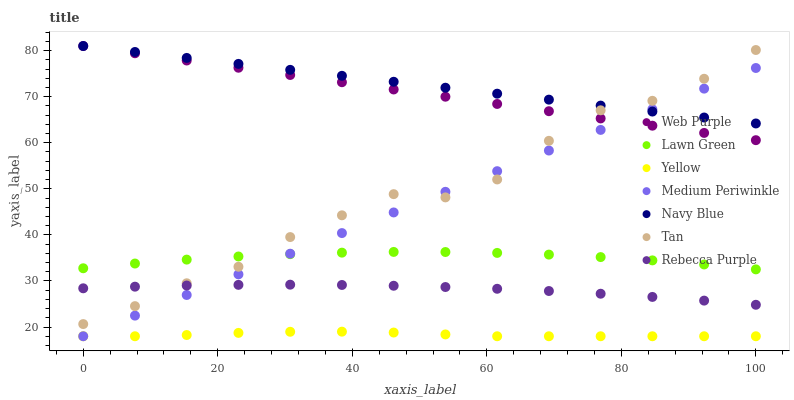
| xaxis_label | Web Purple | Lawn Green | Yellow | Medium Periwinkle | Navy Blue | Tan | Rebecca Purple |
 | --- | --- | --- | --- | --- | --- | --- | --- |
 | 0 | 81 | 32.8 | 18 | 18 | 81 | 20.6 | 28.4 |
 | 7.69 | 79.4 | 33.8 | 18 | 22.5 | 79.7 | 24.5 | 28.8 |
 | 15.4 | 77.9 | 34.6 | 18.3 | 27 | 78.4 | 29.5 | 29 |
 | 23.1 | 76.3 | 35.3 | 18.7 | 31.4 | 77.1 | 33.1 | 29.2 |
 | 30.8 | 74.7 | 35.8 | 19 | 35.9 | 75.8 | 39.5 | 29.2 |
 | 38.5 | 73.1 | 36.1 | 19 | 40.4 | 74.5 | 44.3 | 29.1 |
 | 46.2 | 71.6 | 36.3 | 18.8 | 44.9 | 73.2 | 48.8 | 29 |
 | 53.8 | 70 | 36.3 | 18.4 | 49.4 | 71.9 | 48.1 | 28.7 |
 | 61.5 | 68.4 | 36.1 | 18 | 53.8 | 70.7 | 52 | 28.3 |
 | 69.2 | 66.9 | 35.7 | 18 | 58.3 | 69.4 | 60.4 | 27.8 |
 | 76.9 | 65.3 | 35.2 | 18 | 62.8 | 68.1 | 67 | 27.2 |
 | 84.6 | 63.7 | 34.5 | 18 | 67.3 | 66.8 | 69.1 | 26.5 |
 | 92.3 | 62.1 | 33.6 | 18 | 71.7 | 65.5 | 73.9 | 25.7 |
 | 100 | 60.6 | 32.5 | 18 | 76.2 | 64.2 | 80.1 | 24.8 |